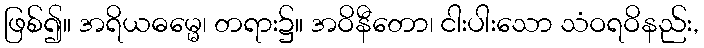
ဖြစ်၍။ အရိယဓမ္မေ၊ တရား၌။ အဝိနီတော၊ ငါးပါးသော သံဝရဝိနည်း,